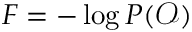
F = - \log P ( \mathcal { O } )